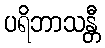
ပရိဘာသန္တီ